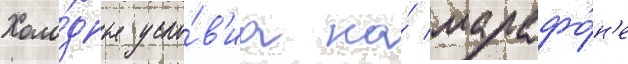
Холо́дные усло́в'иа на́ марафо́н'е